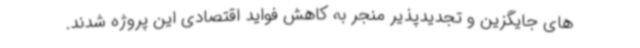
های جایگزین و تجدیدپذیر منجر به کاهش فواید اقتصادی این پروژه شدند.